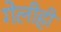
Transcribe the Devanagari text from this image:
गेलीही